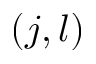
( j , l )